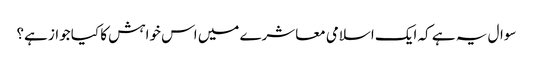
سوال یہ ہے کہ ایک اسلامی معاشرے میں اس خواہش کا کیا جواز ہے؟